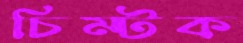
চিম্‌টক